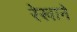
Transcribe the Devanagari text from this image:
रेखाने